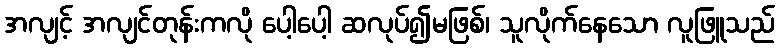
အလျင့် အလျင်တုန်းကလို ပေါ့ပေါ့ ဆလုပ်၍မဖြစ်၊ သူလိုက်နေသော လူဖြူသည်